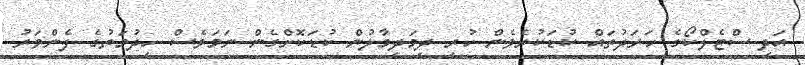
އަދި ސްޓެލްކޯގެ ހަރަދުތައް ކުޑަކުރެވެން ހުރި ދިމަދިމާލުން ކުޑަކޮށްގެން ނަމަވެސް ހިދުމަތުގެ ފެންވަރު